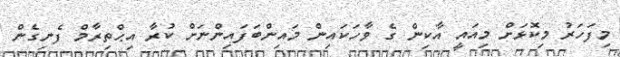
މިފަހަރު މިކޮޅަށް މިއައީ އާކިން ގެ ވާހަކައިން މައިންބަފައިންނަށް ކުރާ އިޙްތިރާމް ފެނިގެން